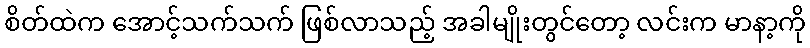
စိတ်ထဲက အောင့်သက်သက် ဖြစ်လာသည့် အခါမျိုးတွင်တော့ လင်းက မာနာ့ကို